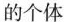
的个体